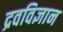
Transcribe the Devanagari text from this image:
द्रवविज्ञान